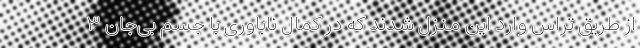
از طریق تراس وارد این منزل شدند که در کمال ناباوری با جسم بی‌جان ۳